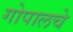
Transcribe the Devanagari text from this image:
गोपालचे